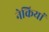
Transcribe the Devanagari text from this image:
नेकियां